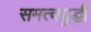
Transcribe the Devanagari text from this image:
समत्वबुद्धी